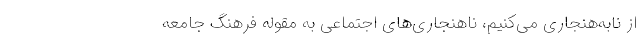
از نابه‌هنجاری می‌کنیم، ناهنجاری‌های اجتماعی به مقوله فرهنگ جامعه